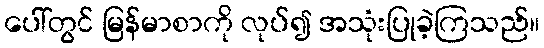
ပေါ်တွင် မြန်မာစာကို လုပ်၍ အသုံးပြုခဲ့ကြသည်။